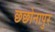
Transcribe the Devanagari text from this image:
छछोनापुर